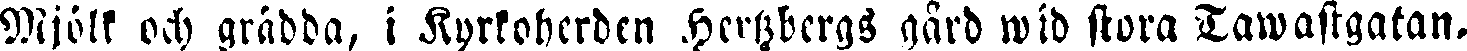
Mjölk och grädda, i Kyrkoherden Hertzbergs gård wid stora Tawastgatan.